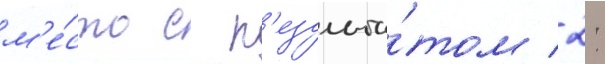
м'е́сто с р'езульта́том 2: